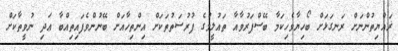
ޜައްޔިތުންނަށް ރަނގަޅަށް ބޯހިޔާވެހިކަމާ ބޭސްފަރުވާއާ ތައުލީމުގެ ފުރުސަތުތަކަށް އިންތިހާއަށް ބޭނުންވެފައިތިއްބާ ޢަދި ނުވީތާކަށް